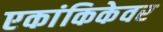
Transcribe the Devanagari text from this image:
एकांकिकेवर